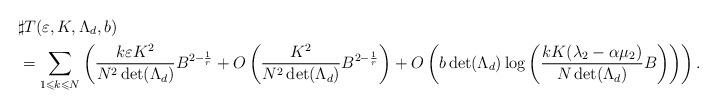
LaTeX: \begin{align*}&\sharp T(\varepsilon,K,\Lambda_d,b)\\&=\sum_{1\leqslant k\leqslant N}\left(\frac{k\varepsilon K^2}{N^2\det(\Lambda_d)}B^{2-\frac{1}{r}}+O\left(\frac{ K^2}{N^2 \det(\Lambda_d)}B^{2-\frac{1}{r}}\right)+O\left(b\det(\Lambda_d) \log\left(\frac{kK(\lambda_2-\alpha\mu_2)}{N\det(\Lambda_d)}B\right)\right)\right).\end{align*}